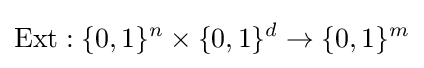
{\text{Ext}}:\{0,1\}^{n}\times \{0,1\}^{d}\to \{0,1\}^{m}